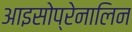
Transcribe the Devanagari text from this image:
आइसोप्रेनालिन